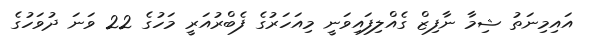
އައިމިނަތު ޝިމާ ނާފިޒް ގެއްލިފައިވަނީ މިއަހަރުގެ ފެބްރުއަރީ މަހުގެ 22 ވަނަ ދުވަހުގެ